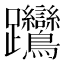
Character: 𨈎